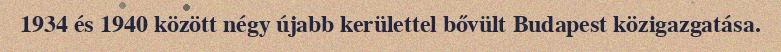
1934 és 1940 között négy újabb kerülettel bővült Budapest közigazgatása.